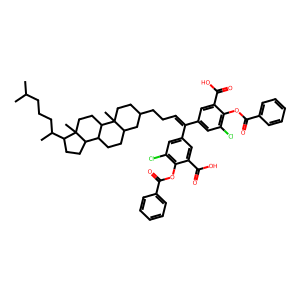
SMILES: CC(C)CCCC(C)C1CCC2C3CCC4CC(CCC=C(c5cc(Cl)c(OC(=O)c6ccccc6)c(C(=O)O)c5)c5cc(Cl)c(OC(=O)c6ccccc6)c(C(=O)O)c5)CCC4(C)C3CCC12C
Inhibits HIV replication: No